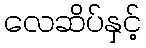
လေဆိပ်နှင့်